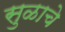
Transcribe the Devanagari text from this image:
सुळाचे